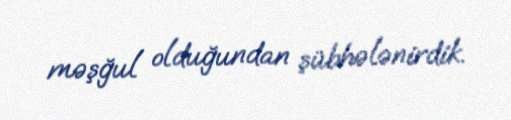
məşğul olduğundan şübhələnirdik.